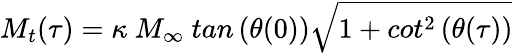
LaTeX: M_{t}(\tau)=\kappa\ M_{\infty}\ tan\left(\theta(0)\right)\sqrt{1+cot^{2}\left(\theta(\tau)\right)}